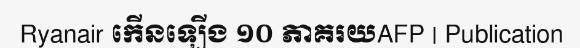
Ryanair កើនឡើង ១០ ភាគរយAFP | Publication